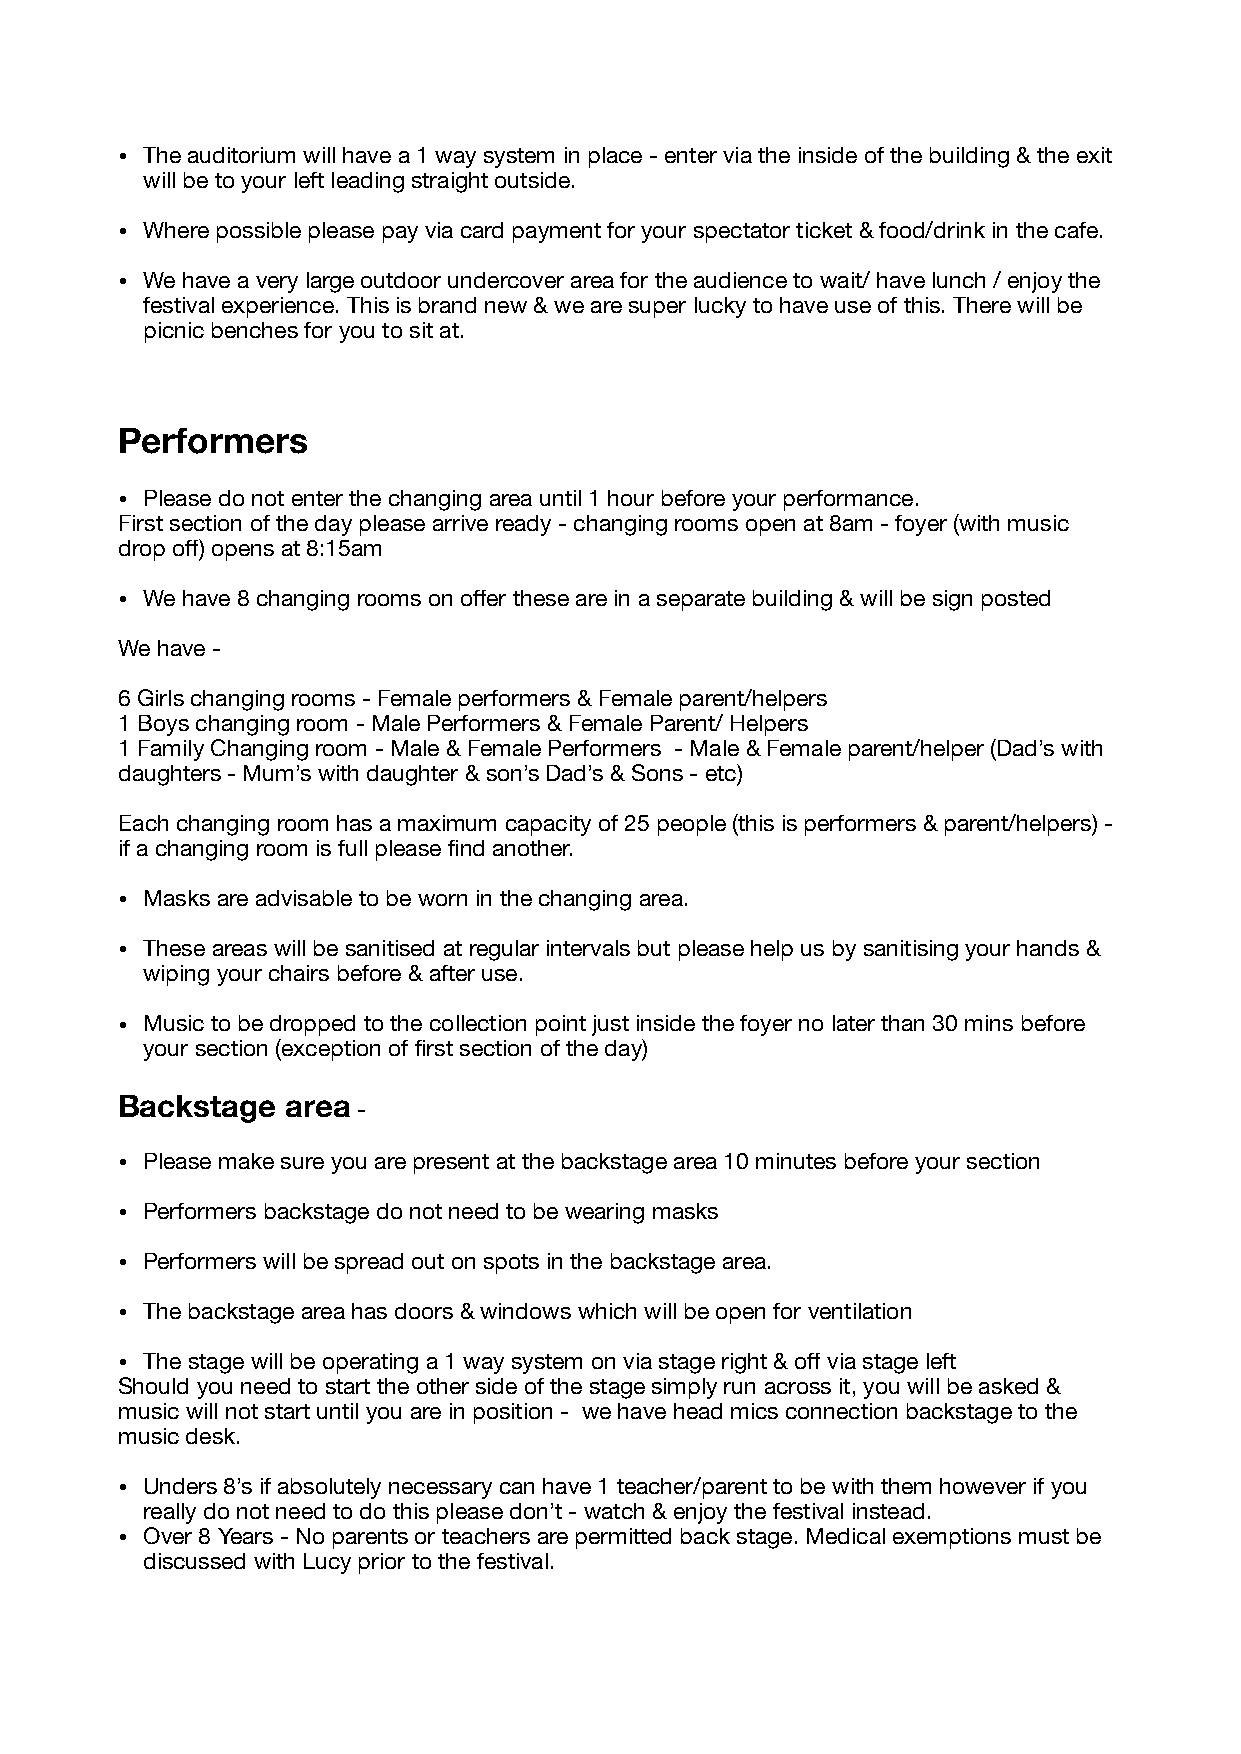
• The auditorium will have a 1 way system in place - enter via the inside of the building & the exit
 will be to your left leading straight outside.
 • Where possible please pay via card payment for your spectator ticket & food/drink in the cafe.
 • We have a very large outdoor undercover area for the audience to wait/ have lunch / enjoy the
 festival experience. This is brand new & we are super lucky to have use of this. There will be
 picnic benches for you to sit at.
 Performers
 • Please do not enter the changing area until 1 hour before your performance.
 First section of the day please arrive ready - changing rooms open at 8am - foyer (with music
 drop off) opens at 8:15am
 • We have 8 changing rooms on offer these are in a separate building & will be sign posted
 We have -
 6 Girls changing rooms - Female performers & Female parent/helpers
 1 Boys changing room - Male Performers & Female Parent/ Helpers
 1 Family Changing room - Male & Female Performers - Male & Female parent/helper (Dad’s with
 daughters - Mum’s with daughter & son’s Dad’s & Sons - etc)
 Each changing room has a maximum capacity of 25 people (this is performers & parent/helpers) -
 if a changing room is full please find another.
 • Masks are advisable to be worn in the changing area.
 • These areas will be sanitised at regular intervals but please help us by sanitising your hands &
 wiping your chairs before & after use.
 • Music to be dropped to the collection point just inside the foyer no later than 30 mins before
 your section (exception of first section of the day)
 Backstage  area
 -
 • Please make sure you are present at the backstage area 10 minutes before your section
 • Performers backstage do not need to be wearing masks
 • Performers will be spread out on spots in the backstage area.
 • The backstage area has doors & windows which will be open for ventilation
 • The stage will be operating a 1 way system on via stage right & off via stage left
 Should you need to start the other side of the stage simply run across it, you will be asked &
 music will not start until you are in position - we have head mics connection backstage to the
 music desk.
 • Unders 8’s if absolutely necessary can have 1 teacher/parent to be with them however if you
 really do not need to do this please don’t - watch & enjoy the festival instead.
 • Over 8 Years - No parents or teachers are permitted back stage. Medical exemptions must be
 discussed with Lucy prior to the festival.